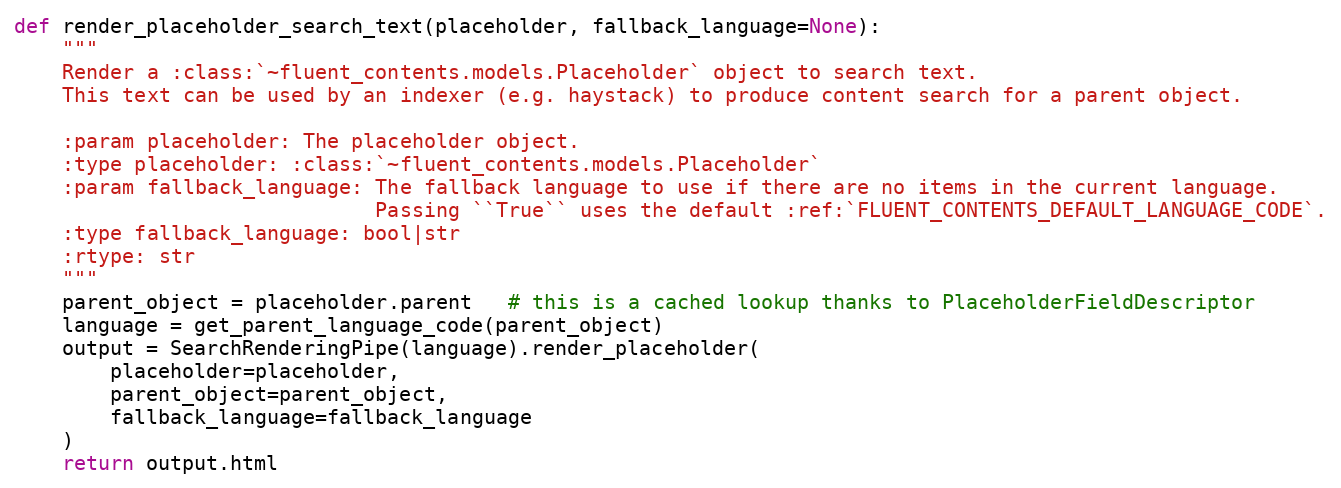
Language: Python
def render_placeholder_search_text(placeholder, fallback_language=None):
    """
    Render a :class:`~fluent_contents.models.Placeholder` object to search text.
    This text can be used by an indexer (e.g. haystack) to produce content search for a parent object.

    :param placeholder: The placeholder object.
    :type placeholder: :class:`~fluent_contents.models.Placeholder`
    :param fallback_language: The fallback language to use if there are no items in the current language.
                              Passing ``True`` uses the default :ref:`FLUENT_CONTENTS_DEFAULT_LANGUAGE_CODE`.
    :type fallback_language: bool|str
    :rtype: str
    """
    parent_object = placeholder.parent   # this is a cached lookup thanks to PlaceholderFieldDescriptor
    language = get_parent_language_code(parent_object)
    output = SearchRenderingPipe(language).render_placeholder(
        placeholder=placeholder,
        parent_object=parent_object,
        fallback_language=fallback_language
    )
    return output.html